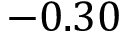
- 0 . 3 0